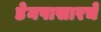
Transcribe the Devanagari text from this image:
डेनपासारचे